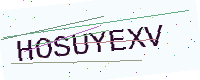
Text: HOSUYEXV